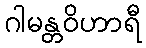
ဂါမန္တဝိဟာရီ